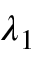
\lambda _ { 1 }